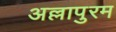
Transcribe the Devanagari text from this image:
अल्लापुरम